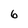
Character: 6